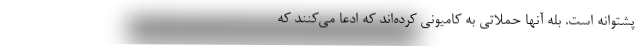
پشتوانه است. بله آنها حملاتی به کامیونی کرده‌اند که ادعا می‌کنند که